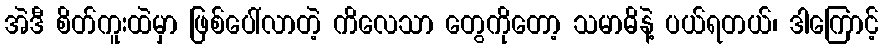
အဲဒီ စိတ်ကူးထဲမှာ ဖြစ်ပေါ်လာတဲ့ ကိလေသာ တွေကိုတော့ သမာဓိနဲ့ ပယ်ရတယ်၊ ဒါကြောင့်